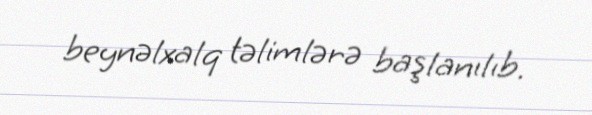
beynəlxalq təlimlərə başlanılıb.